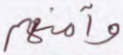
وآمنهم